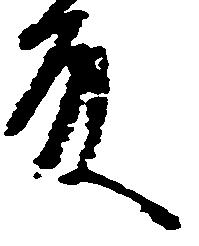
殿